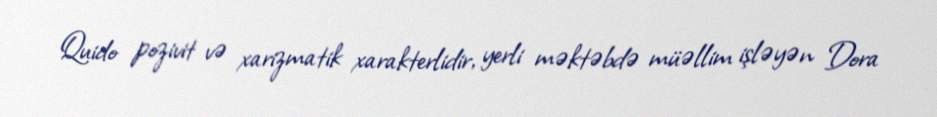
Quido pozivit və xarizmatik xarakterlidir, yerli məktəbdə müəllim işləyən Dora